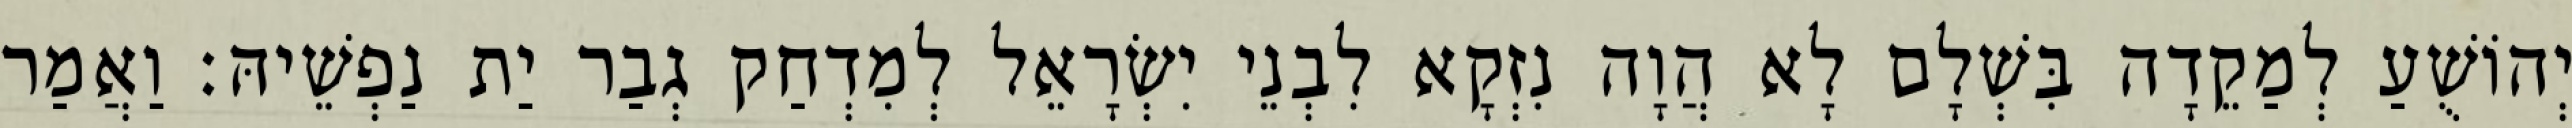
יְהוֹשֻׁעַ לְמַקֵדָה בִּשְׁלָם לָא הֲוָה נִזְקָא לִבְנֵי יִשְׂרָאֵל לְמִדְחַק גְבַר יַת נַפְשֵׁיהּ׃ וַאֲמַר